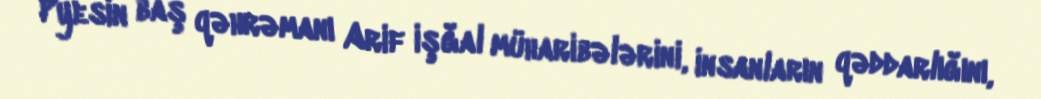
Pyesin baş qəhrəmanı Arif işğal müharibələrini, insanların qəddarlığını,